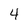
Character: 4